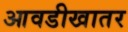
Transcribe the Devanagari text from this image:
आवडीखातर